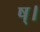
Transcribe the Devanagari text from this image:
ष्।